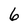
Character: 6